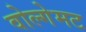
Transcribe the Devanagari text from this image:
वोल्गेमट